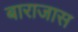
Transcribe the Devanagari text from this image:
बाराजास